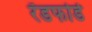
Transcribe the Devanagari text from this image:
रॅडफोर्ड